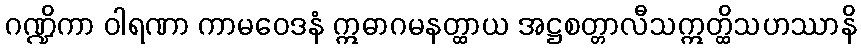
ဂဏ္ဍိကာ ဝါရဏာ ကာမဝေဒနံ ဣဓာဂမနတ္ထာယ အဋ္ဌစတ္တာလီသဣတ္ထိသဟဿာနိ